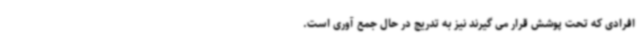
افرادی که تحت پوشش قرار می گیرند نیز به تدریج در حال جمع آوری است.